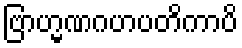
ဗြာဟ္မဏဂဟပတိကာပိ